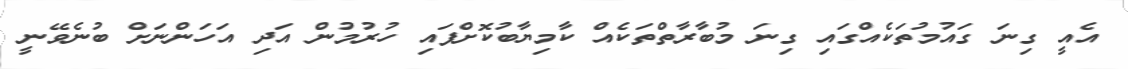
އެއީ ގިނަ ގައުމުތަކެއްގައި ގިނަ މުބާރާތްތަކެއް ކާމިޔާބުކޮށްފައި ހުރުމުން އަދި އަހަންނަށް ބުނެވޭނީ